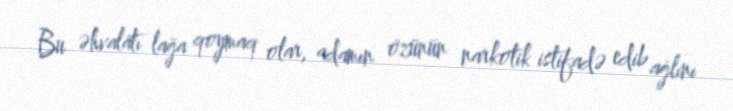
Bu əhvalatı lağa qoymaq olar, adamın özünün narkotik istifadə edib ağlını